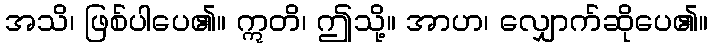
အသိ၊ ဖြစ်ပါပေ၏။ ဣတိ၊ ဤသို့။ အာဟ၊ လျှောက်ဆိုပေ၏။